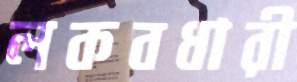
লকবধারী